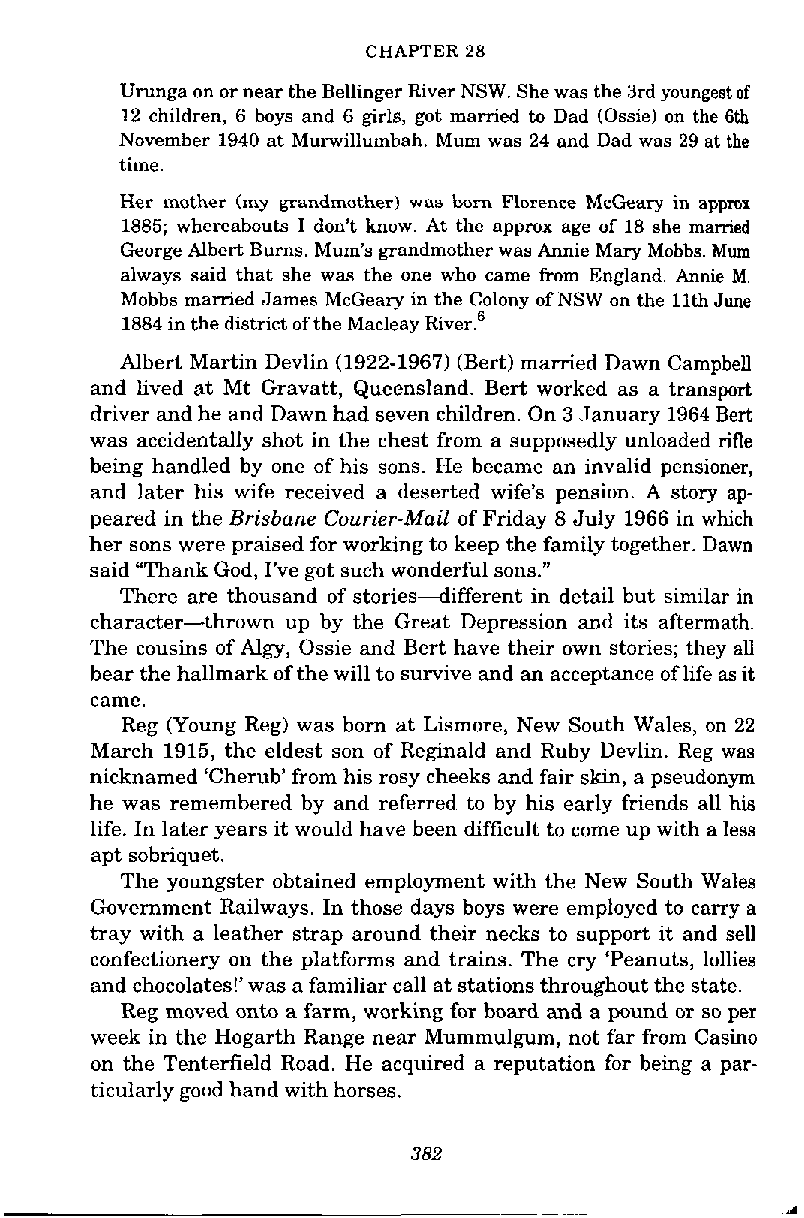
CHAPTER 28
 Urunga on or near the Bellinger River NSW. She was the 3rd youngest of
 12 children, 6 boys and 6 girls, got married to Dad (Ossie) on the 6th
 November 1940 at Murwillumbah. Mum was 24 and Dad was 29 at the
 time.
 Her mother (my grandmother) was born Florence McGeary in approx
 1885; whereabouts I don't know. At the approx age of 18 she married
 George Albert Bums. Mum's grandmother was Annie Mary Mobbs. Mum
 always said that she was the one who came from England. Annie M.
 Mobbs married James McGeary in the Colony of NSW on the 11th June
 1884 in the district of the Macleay ~iver.'
 Albert Martin Devlin (1922-1967) (Bert) married Dawn Campbell
 and lived at Mt Gravatt, Queensland. Bert worked as a transport
 driver and he and Dawn had seven children. On 3 January 1964 Bert
 was accidentally shot in the chest from a supposedly unloaded ritle
 being handled by one of his sons. He became an invalid pensioner,
 and later his wife received a deserted wife's pension. A story ap-
 peared in the Brisbane Courier-Mail of Friday 8 July 1966 in which
 her sons were praised for working to keep the family together. Dawn
 said "Thank God, I've got such wonderful sons."
 There are thousand of stories4ifferent in detail but similar in
 character-thrown up by the Great Depression and its aftermath.
 The cousins of Algy, Ossie and Bert have their own stories; they all
 bear the hallmark of the will to survive and an acceptance of life as it
 came.
 Reg (Young Reg) was born at Lismore, New South Wales, on 22
 March 1915, the eldest son of Reginald and Ruby Devlin. Reg was
 nicknamed 'Cherub' from his rosy cheeks and fair skin, a pseudonym
 he was remembered by and referred to by his early friends all hi
 life. In later years it would have been difficult to come up with a less
 apt sobriquet.
 The youngster obtained employment with the New South Wales
 Government Railways. In those days boys were employed to carry a
 tray with a leather strap around their necks to support it and sell
 confectionery on the platforms and trains. The cry 'Peanuts, lollies
 and chocolates!'was a familiar call at stations throughout the state.
 Reg moved onto a farm, working for board and a pound or so per
 week in the Hogarth Range near Mummulgum, not far from Casino
 on the Tenterfield Road. He acquired a reputation for being a par-
 ticularly good hand with horses.